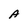
Character: A